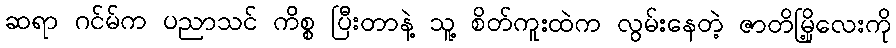
ဆရာ ဂင်မ်က ပညာသင် ကိစ္စ ပြီးတာနဲ့ သူ့ စိတ်ကူးထဲက လွမ်းနေတဲ့ ဇာတိမြို့လေးကို